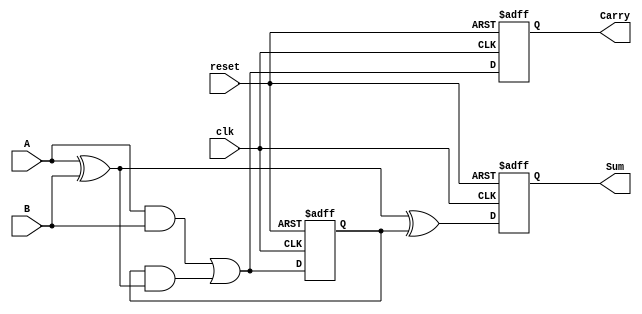
module sequential_half_adder (
    input wire clk,       // Clock input
    input wire reset,     // Asynchronous reset input
    input wire A,         // First input bit
    input wire B,         // Second input bit
    output reg Sum,       // Sum output
    output reg Carry      // Carry output
);

    // Internal state register to hold previous carry value
    reg previous_carry;

    // Process block triggered on the rising edge of the clock or reset
    always @(posedge clk or posedge reset) begin
        if (reset) begin
            previous_carry <= 1'b0; // Reset carry to zero
            Sum <= 1'b0;             // Reset sum to zero
            Carry <= 1'b0;           // Reset carry output
        end else begin
            // Update sum and carry based on current inputs and previous carry
            Sum <= A ^ B ^ previous_carry;       // Compute sum
            Carry <= (A & B) | (previous_carry & (A ^ B)); // Compute carry
            previous_carry <= (A & B) | (previous_carry & (A ^ B)); // Update previous carry state
        end
    end

endmodule